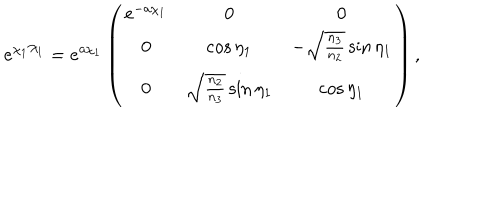
e ^ { \chi _ { 1 } { \cal X } _ { 1 } } = e ^ { a \chi _ { 1 } } \left( \begin{array} { c c c } { { e ^ { - a \chi _ { 1 } } } } & { { 0 } } & { { 0 } } \\ { { 0 } } & { { \cos { \eta _ { 1 } } } } & { { - \sqrt { \frac { n _ { 3 } } { n _ { 2 } } } \sin { \eta _ { 1 } } } } \\ { { 0 } } & { { \sqrt { \frac { n _ { 2 } } { n _ { 3 } } } \sin { \eta _ { 1 } } } } & { { \cos { \eta _ { 1 } } } } \\ \end{array} \right) ,